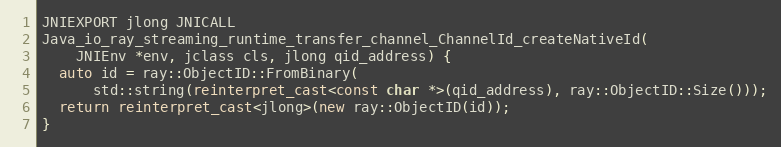
Language: C++
JNIEXPORT jlong JNICALL
Java_io_ray_streaming_runtime_transfer_channel_ChannelId_createNativeId(
    JNIEnv *env, jclass cls, jlong qid_address) {
  auto id = ray::ObjectID::FromBinary(
      std::string(reinterpret_cast<const char *>(qid_address), ray::ObjectID::Size()));
  return reinterpret_cast<jlong>(new ray::ObjectID(id));
}